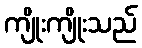
ကျိုးကျိုးသည်